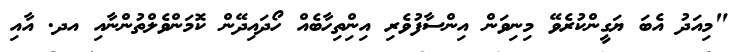
"މިއަދު އެބަ ޔަގީންކުރެވޭ މިނިވަން އިންސާފުވެރި އިންިތިހާބެއް ހޯދައިދޭން ކޮމަންވެލްތުންނާއި އދ. އާއި